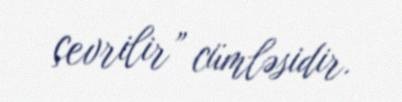
çevrilir” cümləsidir.